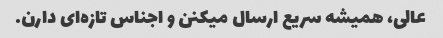
عالی، همیشه سریع ارسال میکنن و اجناس تازه‌ای دارن.